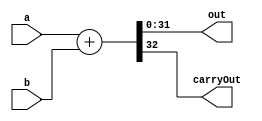
`timescale 1ns / 1ps
//////////////////////////////////////////////////////////////////////////////////
// Company: 
// Engineer: 
// 
// Design Name: 
// Module Name:    Adder32 
// Project Name: 
// Target Devices: 
// Tool versions: 
// Description: 
//
// Dependencies: 
//
// Revision: 
// Revision 0.01 - File Created
// Additional Comments: 
//
//////////////////////////////////////////////////////////////////////////////////
module Adder32(
	input [31:0] a,
	input [31:0] b,
	output [31:0] out,
	output carryOut
    );

	assign {carryOut, out} = a + b;
	
endmodule